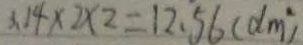
3 . 1 4 \times 2 \times 2 = 1 2 . 5 6 ( d m ^ { 2 } )